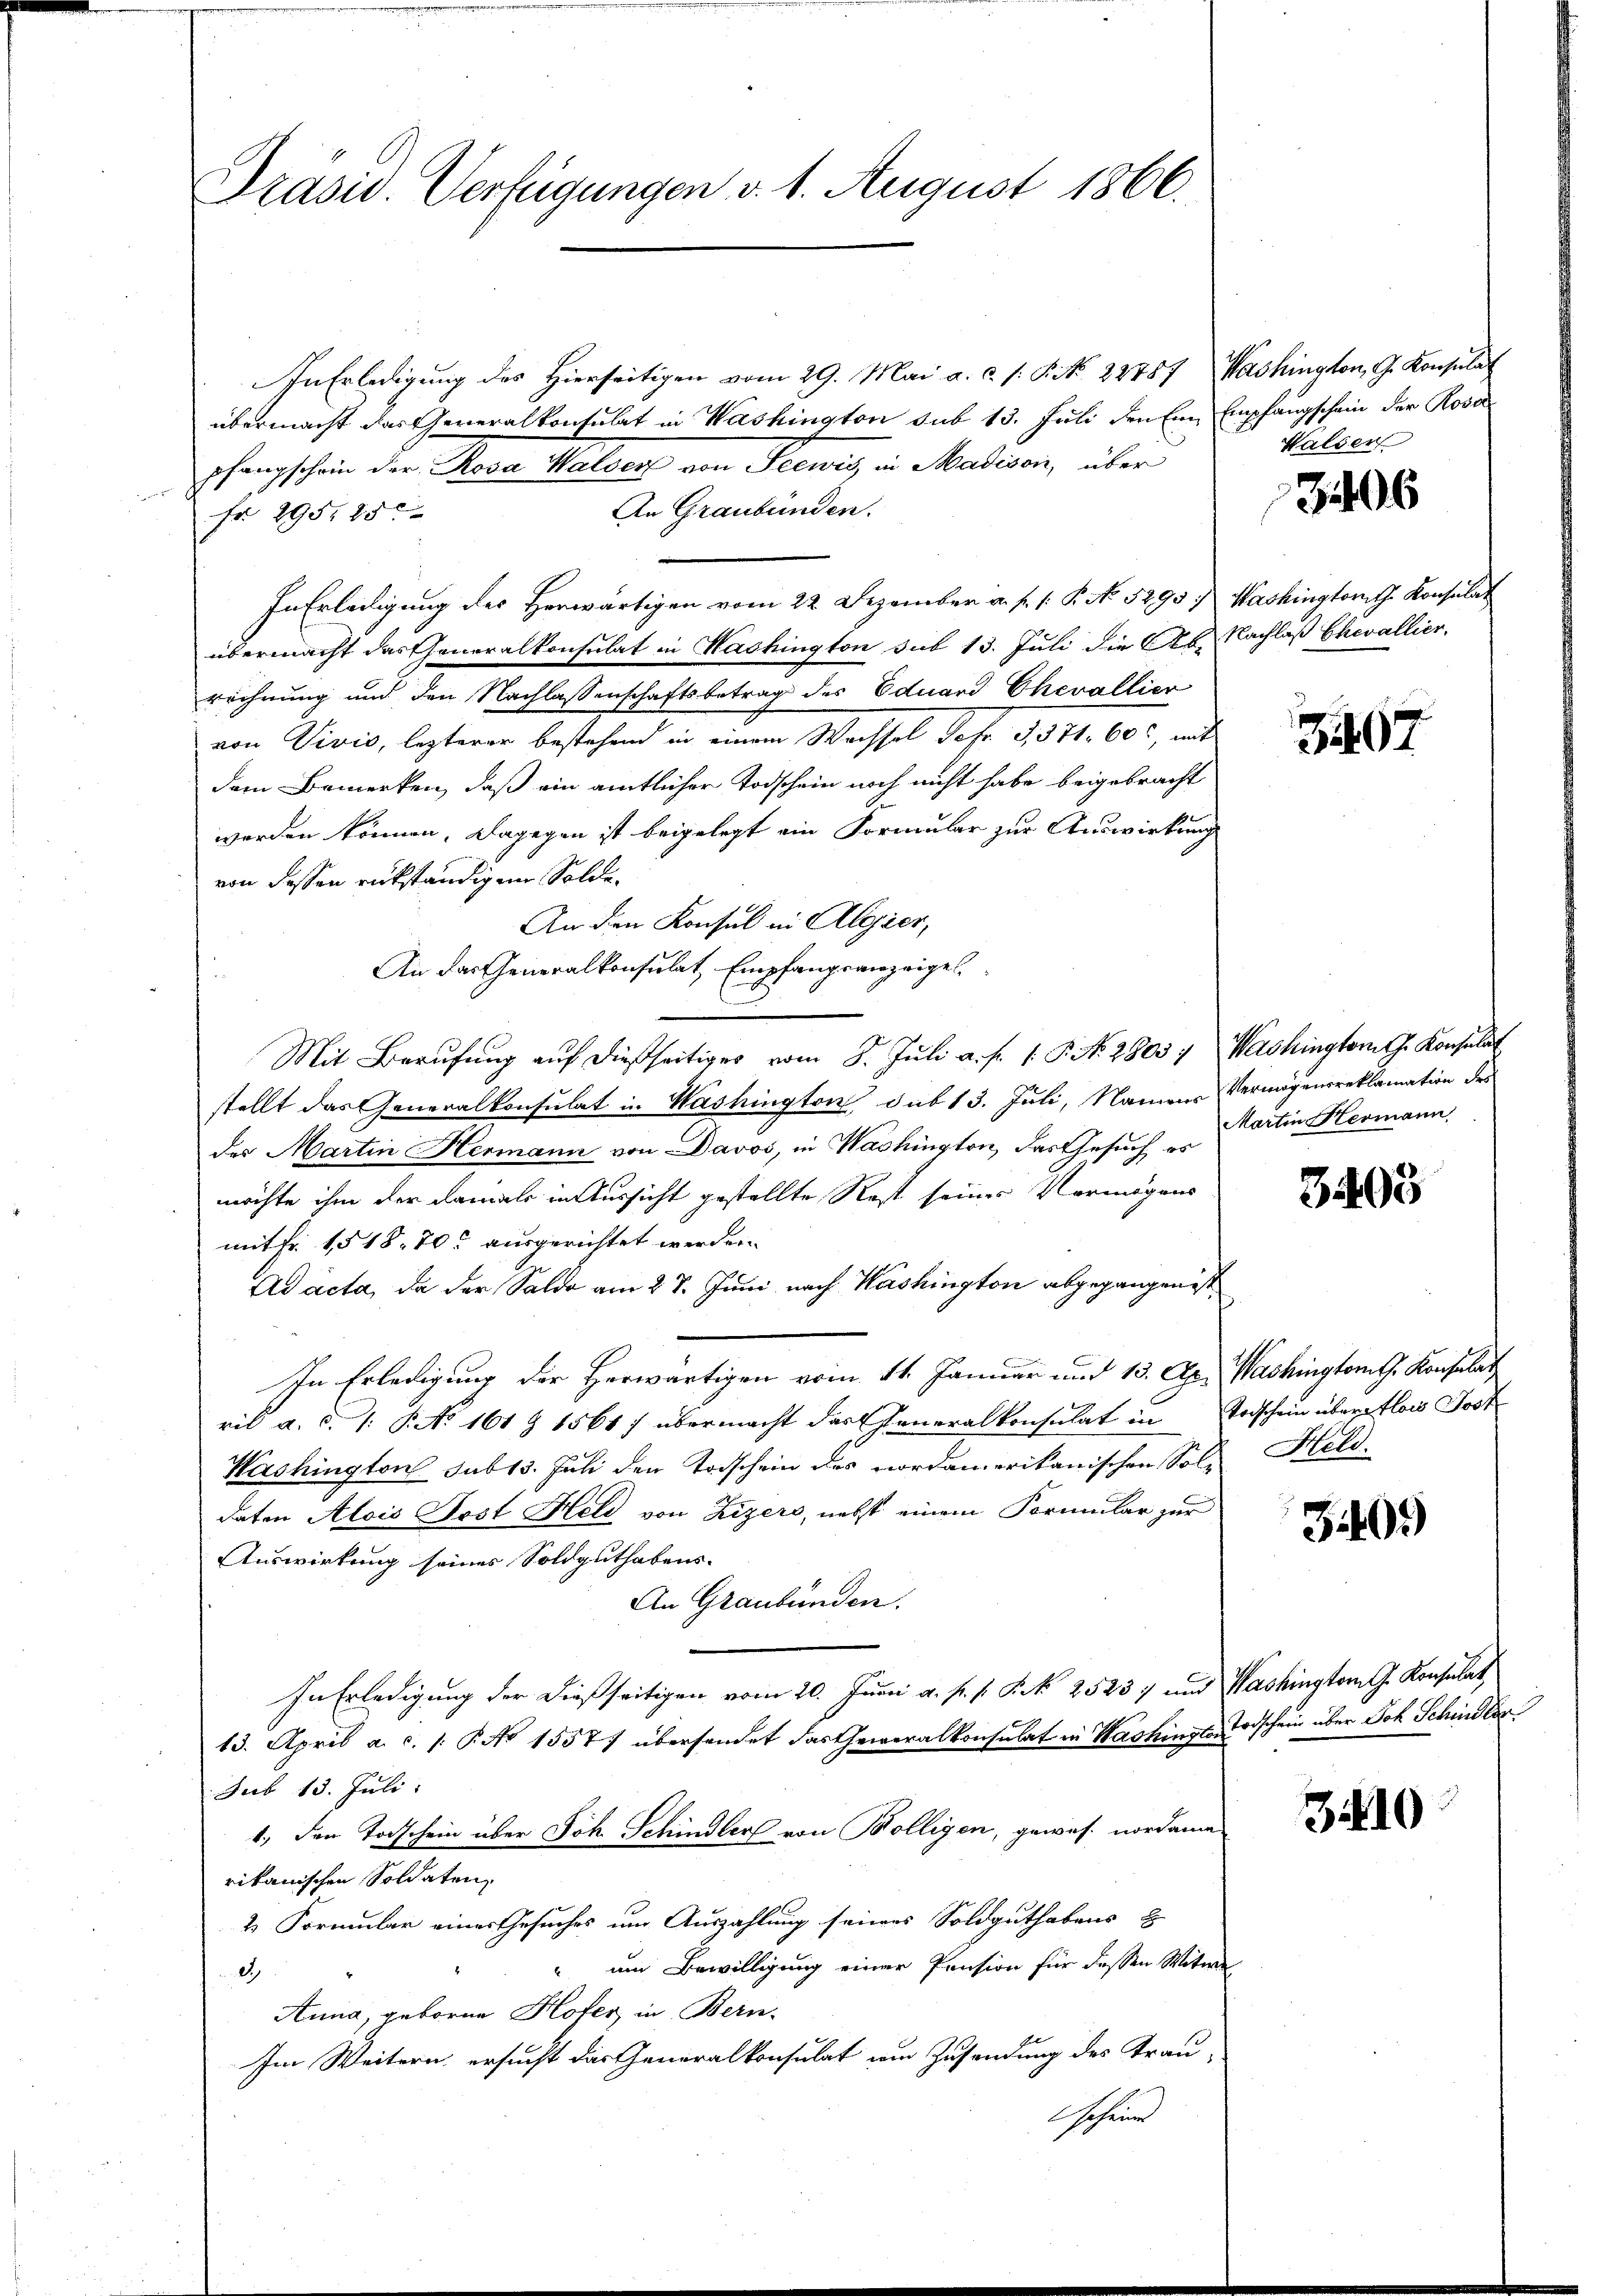
Präsid. Verfügungen v. 1. August 1866.

In Erledigung des Hierseitigen vom 29. Mai a. c. s. S. Nr. 22787, Washington, G. Konsulat
übermacht das Generalkonsulat in Washington sub 13. Juli den Ein Empfangschein der Rosa
pfangschein der Rosa Walser von Seewis, in Madison, über
An Graubünden.
Fr. 295, 25
In Erledigung des Herwärtigen vom 22. Dezember a. p. 1. P. No. 5295 : Washington Konsulat
übermacht das Generalkonsulat in Washington sub 13. Juli die Ab- Nachlaß Chevallier
rechnung und den Nachlassenschaftsbetrag des Eduard Chevallier
von Vivis, lezterer bestehend in einem Wachsel Jofr. 3571. 600, mit
dem Bemerken, daß ein amtlicher Todschein noch nicht habe beigebracht
Ge
worden können. Dagegen ist beigelegt ein Formular zur Auswirkung
von dessen rükständigen Solde¬
An den Konsul in Algier,
An das Generalkonsulat Empfangsanzeigel.
B
Mit Berufung auf dießseitiger vom 5. Jŭli a. f. 1. P. N. 2803, Washingtornth. Konsulat
stellt das Generalkonsulat in Washington sub 13. Juli, Namens Vermögensreklamation des
des Martin Hermann von Davos, in Washington, das Gesuch es
möchte ihm der damals in Aussicht gestellte Rest seines Vermögens
mit Fr. 1518. 70 ausgerichtet werden.
Ad acta, da der Saldo am 28. Juni nach Washington abgegangen ist
In Erledigung der Herwärtigen vom 11. Januar und 13. Apr. Washington G. Konsulat
ril a. d. J. P. No 161 Z 1561 f übermacht das Generalkonsulat in Todschein überfloss Jost
Washington sub 13. Juli den Todschein des nordamerikanischen Soldaten Alois Post Held von Zizers, nebst einem Formular zur
Auswirkung seines Soldguthabens-
An Graubünden.
In Erledigung der dießseitigen vom 20. Juni a. p. s. K. k. 25237 und Washington G. Konsulat
13. April a. c. 1: P. No 1557) übersendet das Generalkonsulat in Washingte Todschein über Joh. Schindler
sub 13. Juli.
1.) Den Todschein über Joh. Schindler von Bolligen, gewes. nordamerikanischen Soldaten,
2 Formular eines Gesuches um Auszahlung seines Soldguthabens z
 um Bewilligung einer Pension für dessen Witwe
2
Anna, geborne Hofer in Bern.
Im Weitern, ersucht das Generalkonsulat in Zusendung des Trau-
eheur

Walser

3406

467

Martin Hermann

3405

Held.

3409

3410